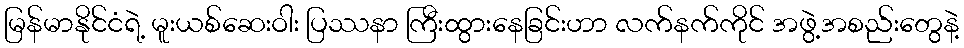
မြန်မာနိုင်ငံရဲ့ မူးယစ်ဆေးဝါး ပြဿနာ ကြီးထွားနေခြင်းဟာ လက်နက်ကိုင် အဖွဲ့အစည်းတွေနဲ့